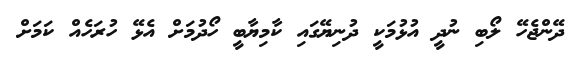
ދޭންޖެހޭ ލޯބި ނުދީ އުޅުމަކީ ދުނިޔޭގައި ކާމިޔާބީ ހޯދުމަށް އެޅޭ ހުރަހެއް ކަމަށް